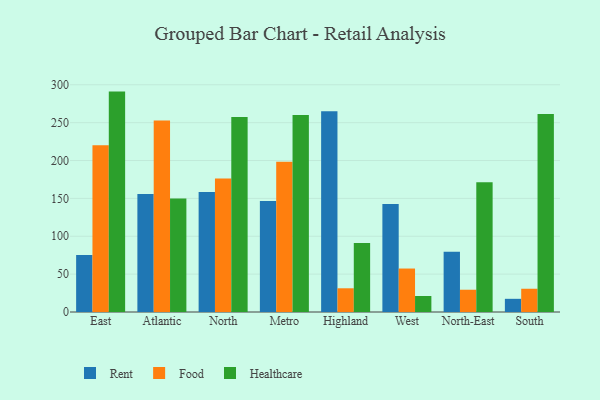
{"axis": {"x": "Region", "y": "Gross Profit (USD K)"}, "legend": ["Food", "Healthcare", "Rent"], "data": [{"x": "East", "y": 75.1, "type": "Rent"}, {"x": "East", "y": 220.1, "type": "Food"}, {"x": "East", "y": 291.0, "type": "Healthcare"}, {"x": "Atlantic", "y": 155.7, "type": "Rent"}, {"x": "Atlantic", "y": 252.9, "type": "Food"}, {"x": "Atlantic", "y": 149.9, "type": "Healthcare"}, {"x": "North", "y": 158.4, "type": "Rent"}, {"x": "North", "y": 176.2, "type": "Food"}, {"x": "North", "y": 257.4, "type": "Healthcare"}, {"x": "Metro", "y": 146.5, "type": "Rent"}, {"x": "Metro", "y": 198.4, "type": "Food"}, {"x": "Metro", "y": 260.0, "type": "Healthcare"}, {"x": "Highland", "y": 264.9, "type": "Rent"}, {"x": "Highland", "y": 31.3, "type": "Food"}, {"x": "Highland", "y": 91.2, "type": "Healthcare"}, {"x": "West", "y": 142.6, "type": "Rent"}, {"x": "West", "y": 57.4, "type": "Food"}, {"x": "West", "y": 21.1, "type": "Healthcare"}, {"x": "North-East", "y": 79.4, "type": "Rent"}, {"x": "North-East", "y": 29.4, "type": "Food"}, {"x": "North-East", "y": 171.3, "type": "Healthcare"}, {"x": "South", "y": 17.4, "type": "Rent"}, {"x": "South", "y": 30.7, "type": "Food"}, {"x": "South", "y": 261.4, "type": "Healthcare"}]}